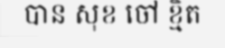
បាន សុខ ចៅ ខ្មិត